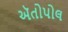
ઍતોપોલ